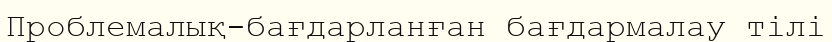
Проблемалық-бағдарланған бағдармалау тілі